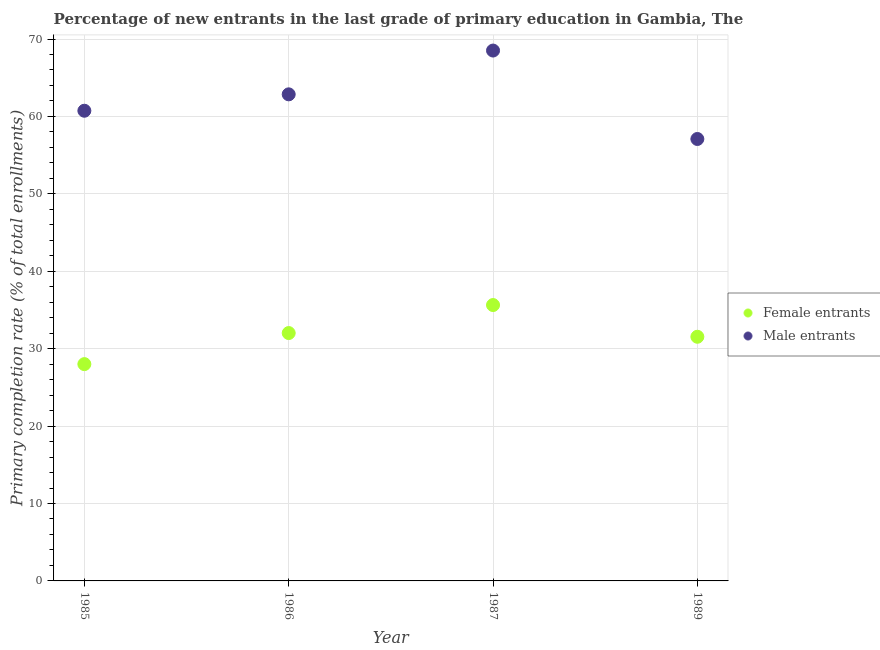
| Year | Female entrants | Male entrants |
 | --- | --- | --- |
 | 1985 | 28 | 60.7 |
 | 1986 | 32 | 62.9 |
 | 1987 | 35.6 | 68.5 |
 | 1989 | 31.5 | 57.1 |